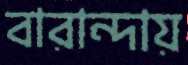
বারান্দায়